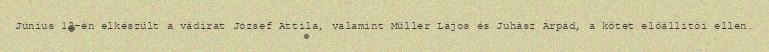
Június 12-én elkészült a vádirat József Attila, valamint Müller Lajos és Juhász Árpád, a kötet előállítói ellen.